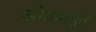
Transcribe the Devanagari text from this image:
ओठामधून